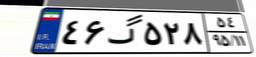
۵۹گ۰۱۱۶۸